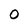
Character: 0